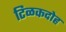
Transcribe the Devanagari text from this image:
टिळकदोह